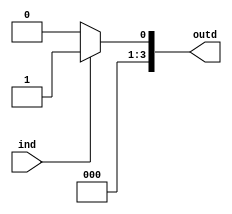
module Decoder(ind,outd);
	input ind;
	output reg[3:0]outd;
	always @ (ind)begin
		if(ind)	outd = 4'b0001;
		else		outd = 4'd0;
	end
endmodule